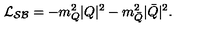
{ \cal L _ { S B } } = - m _ { Q } ^ { 2 } | Q | ^ { 2 } - m _ { \bar { Q } } ^ { 2 } | \bar { Q } | ^ { 2 } .